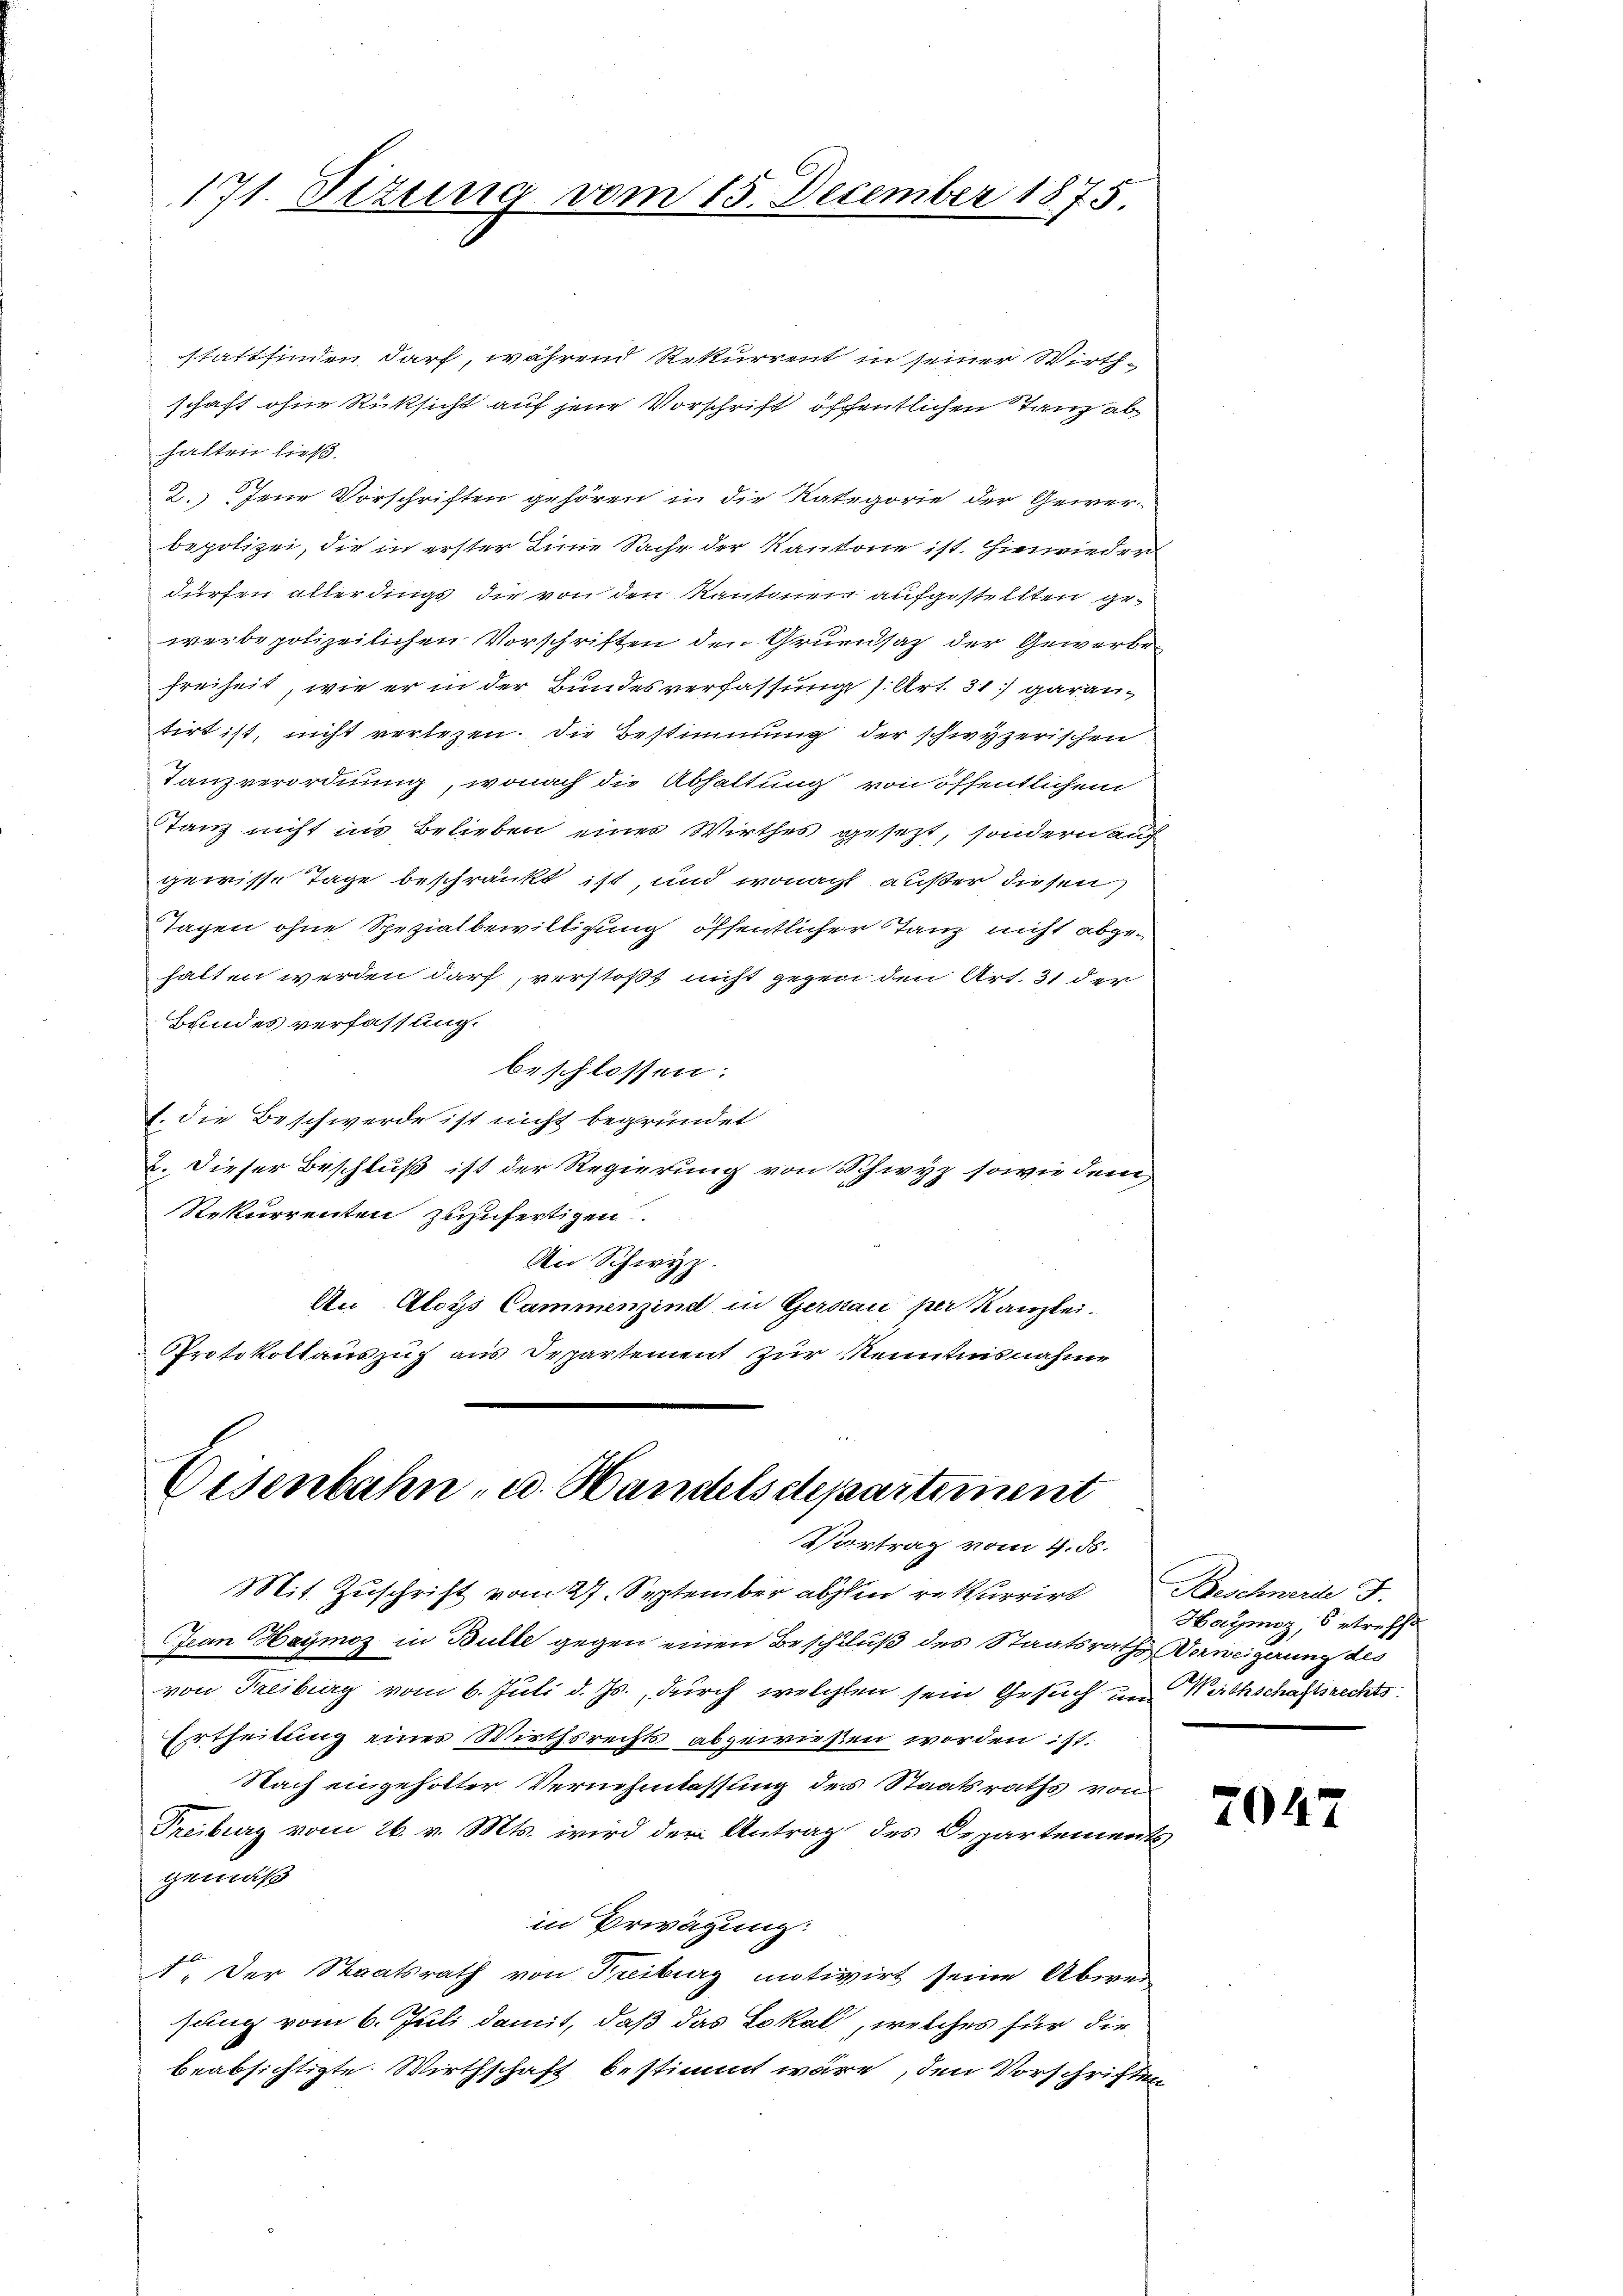
171. Dezung vom 15. December 1875.

stattfinden darf, während Rekurrent in seiner Wirthschaft ohne Rüksicht auf jene Vorschrift öffentlichen Tanz abhalten ließ.
2.) Jene Vorschriften gehören in die Kategorie der Gewerbepolizei, die in erster Linie Sache der Kantone ist. Hinwieder
dürfen allerdings die von den Kantonen aufgestellten gewerbe polizeilichen Vorschriften den Gruensaz der Gewerbe
freiheit, wie er in der Bundesverfassung (Art. 31) garantirt ist, nicht verlezen. Die Bestimmung der schwyzerischen
Tanzverordnung, wonach die Abhaltung von öffentlichem
Tanz nicht ins Belieben eines Wirthes gesezt, sondern auch
gewisse Tage beschränkt ist, und wonach außer diesen
Tagen ohne Spezialbewilligung öffentlicher Tanz nicht abgehalten werden darf, verstoßt nicht gegen den Art. 31 der
Bundes verfassung.
beschlossen:
2. die Beschwerde ist nicht begründet
2. Dieser Beschluß ist der Regierung von Schwyz sowie dem
Rekurrenten zuzufertigen
An Schwyz.
An Aloys Cammenzind in Gerstan per Kanzlei.
Protokollauszug aus Departement zur Kenntnisnahme

Eisenbahn, u. Handelsdepartement
Vortrag vom 4. ds.

Mit Zuschrift vom 27. September ablen rekurrirt
Jean Heymoz in Bulle gegen einen Beschluß des Staatsraths Verweigerung des
von Freiburg vom 6. Juli d. Js., durch welchen sein Gesuch den Nathschaftsrechts
Ertheilung eines Wirthsrechts abgewiesen worden ist.
Nach eingeholter Vernehmlassung des Staatsraths von
Treiburg vom 26. v. Mts. wird der Antrag des Departements
gemäß
in Erwägung:
A. Der Staatsrath von Freiburg motivirt seine Abweisung vom 6. Juli damit, daß das Lokal, welches für die
beabsichtigte Wirthschaft bestimmt wäre, den Vorschriften

Beschwerde F
Haymoz, betreff

7047